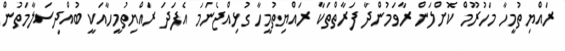
ރައްޔިތުމީހާ މަހުރޫމް ކޮށްލަން ރާވަމުންދާ ފަރާތްތަކާ ރައްޔިތުމީހާ ގުޅިއްޖެނަމަ އެފަދަ ރައްޔިތުމީހާއަކީ ބުއްދިސަލާމަތުން